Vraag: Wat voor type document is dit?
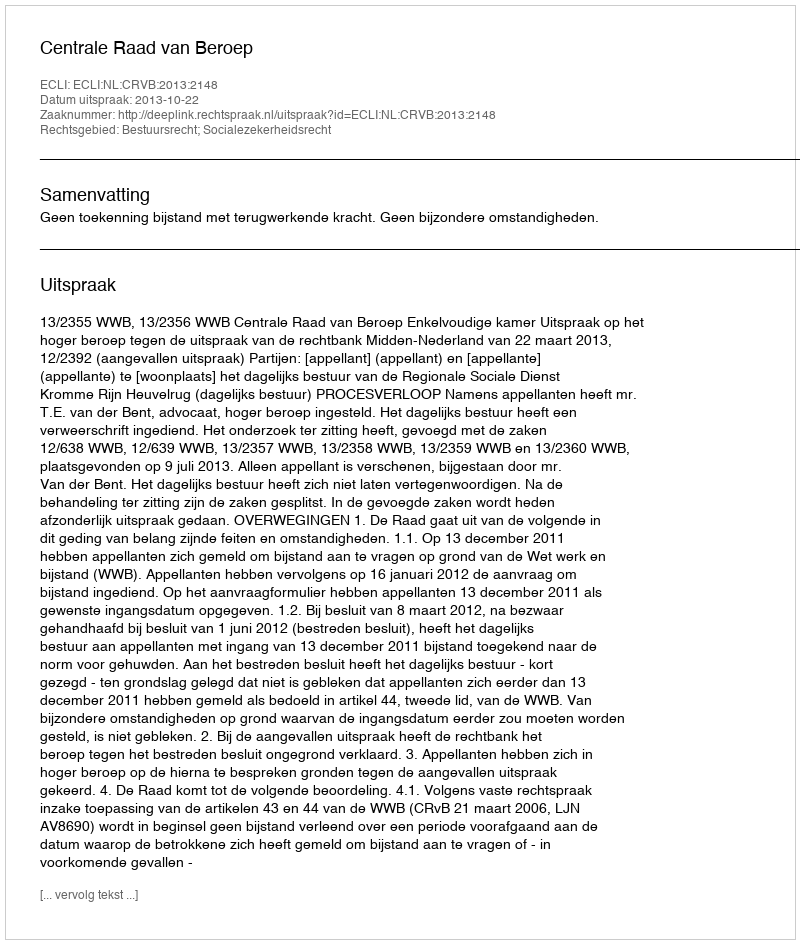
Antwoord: Uitspraak